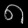
Digit: ၈